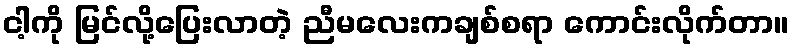
ငါ့ကို မြင်လို့ပြေးလာတဲ့ ညီမလေးကချစ်စရာ ကောင်းလိုက်တာ။